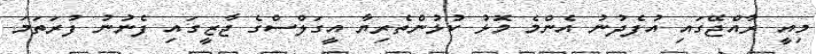
މިއީ ރާއްޖޭގައި އުފެދުނު އެންމެ މޮޅު ކުޅުންތެރިޔާ އީގަލްސްގެ ޖާޒީގައި ފެނުނު ފުރަތަމަ